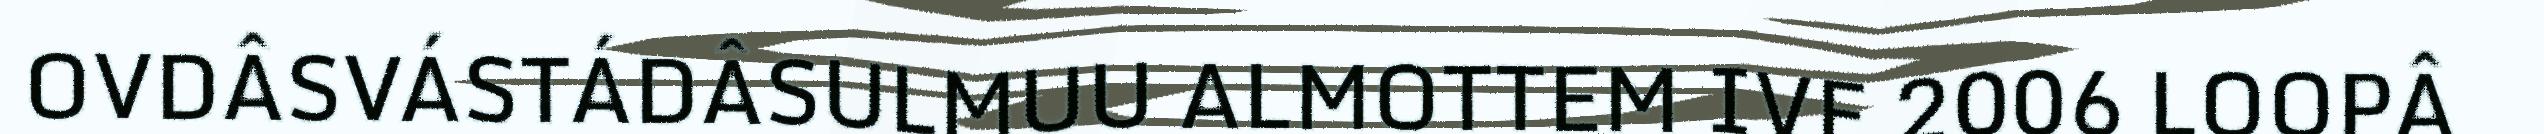
OVDÂSVÁSTÁDÂSULMUU ALMOTTEM IVE 2006 LOOPÂ